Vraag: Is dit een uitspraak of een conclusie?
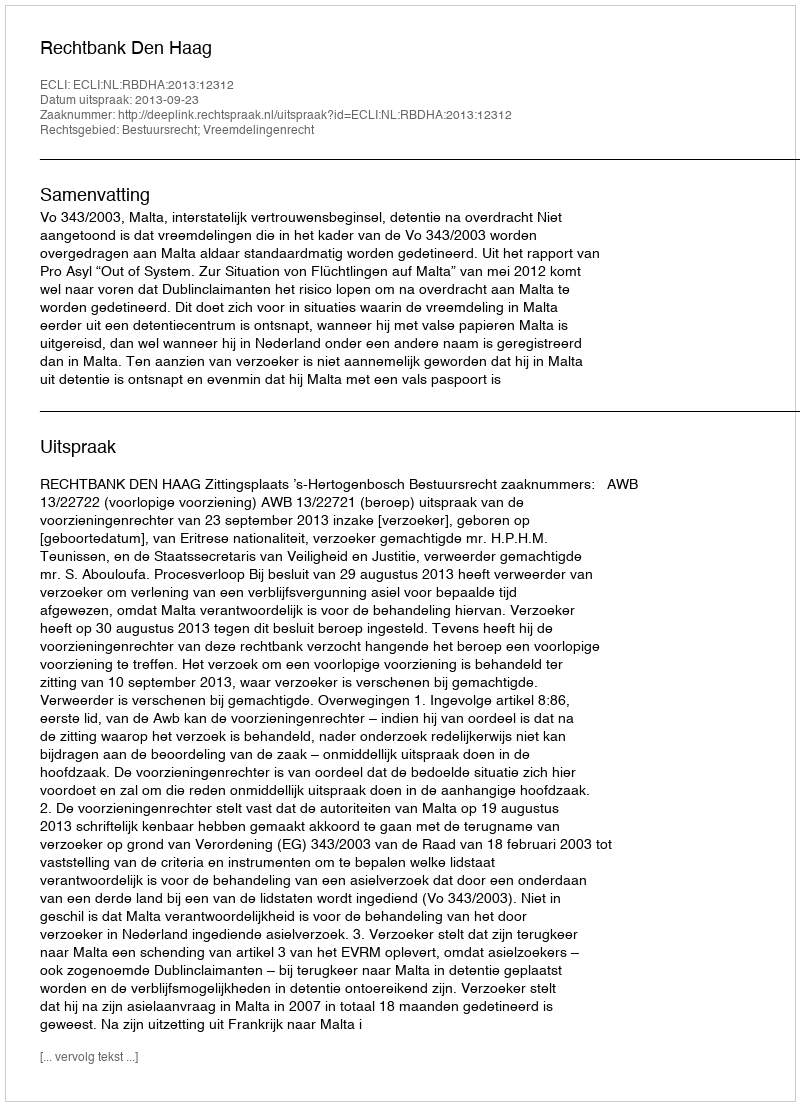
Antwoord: Uitspraak